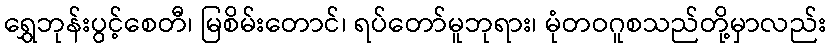
ရွှေဘုန်းပွင့်စေတီ၊ မြစိမ်းတောင်၊ ရပ်တော်မူဘုရား၊ မုံတဝဂူစသည်တို့မှာလည်း